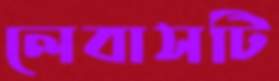
লেবাসটি